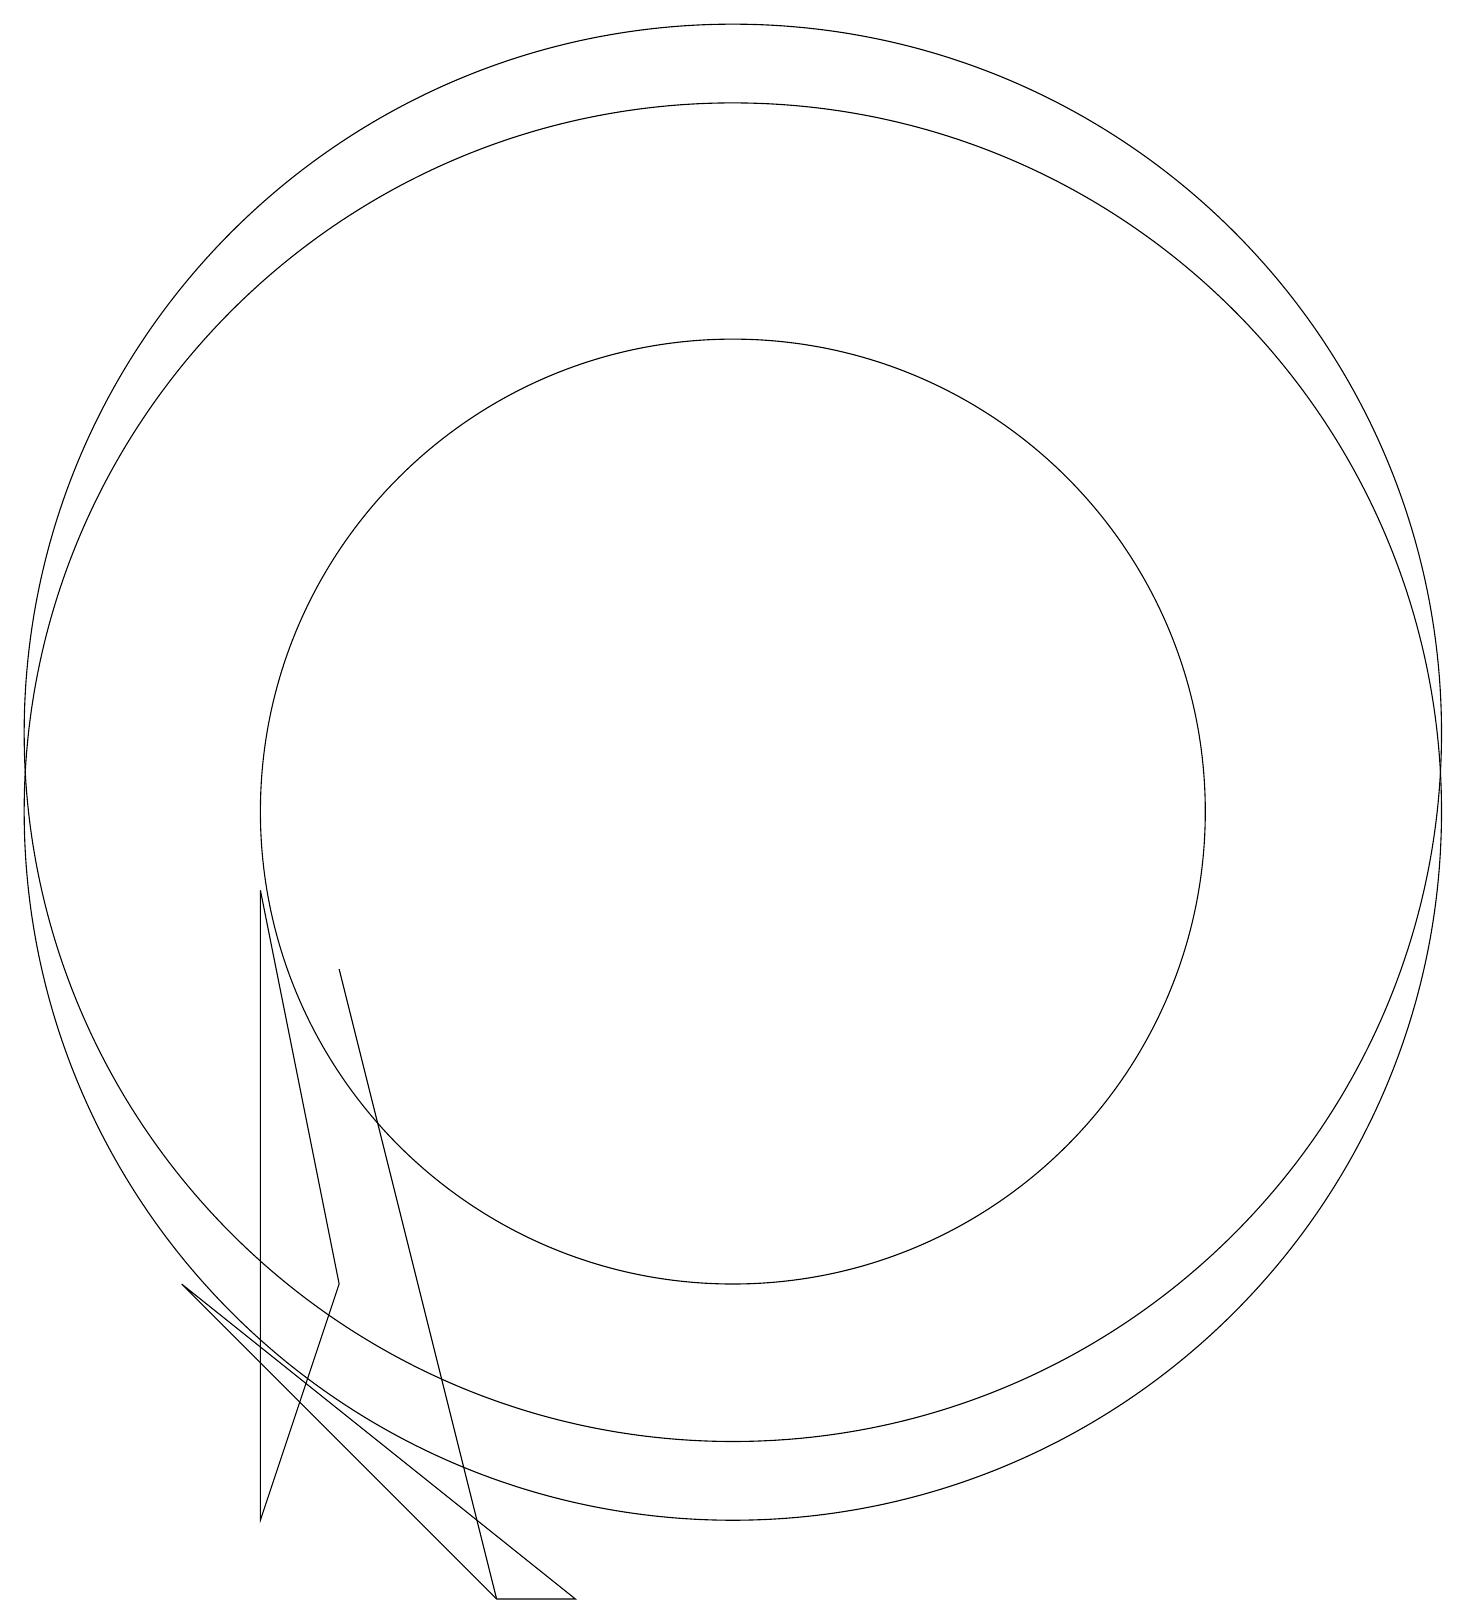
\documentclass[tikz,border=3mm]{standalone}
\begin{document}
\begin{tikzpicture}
\draw (8,0) -- (4,4) -- (9,0) -- cycle;
\draw (5,1) -- (6,4) -- (5,9) -- cycle;
\draw (11,11) circle (9);
\draw (6,8) -- (8,0) -- (6,8) -- cycle;
\draw (11,10) circle (6);
\draw (11,10) circle (9);
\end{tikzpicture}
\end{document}